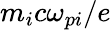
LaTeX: m_{i}c\omega_{pi}/e